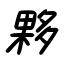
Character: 夥